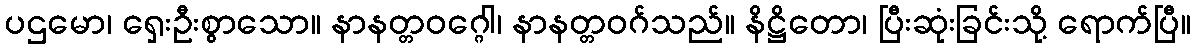
ပဌမော၊ ရှေးဦးစွာသော။ နာနတ္တဝဂ္ဂေါ၊ နာနတ္တဝဂ်သည်။ နိဋ္ဌိတော၊ ပြီးဆုံးခြင်းသို့ ရောက်ပြီ။